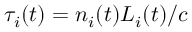
\tau _ { i } ( t ) = n _ { i } ( t ) L _ { i } ( t ) / c